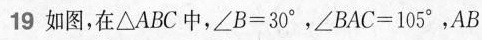
19 如图，在\Delta ABC中，\angle B=30，\angle BAC105，AB=24,求\Delta ABC的面积.